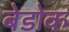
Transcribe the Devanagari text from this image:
बेडोक